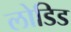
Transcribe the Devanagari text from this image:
लोडिड